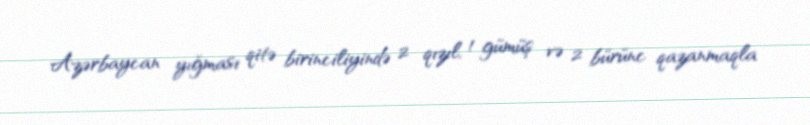
Azərbaycan yığması qitə birinciliyində 2 qızıl, 1 gümüş və 2 bürünc qazanmaqla